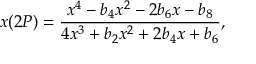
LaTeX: x ( 2 P ) = \frac { x ^ { 4 } - b _ { 4 } x ^ { 2 } - 2 b _ { 6 } x - b _ { 8 } } { 4 x ^ { 3 } + b _ { 2 } x ^ { 2 } + 2 b _ { 4 } x + b _ { 6 } } ,